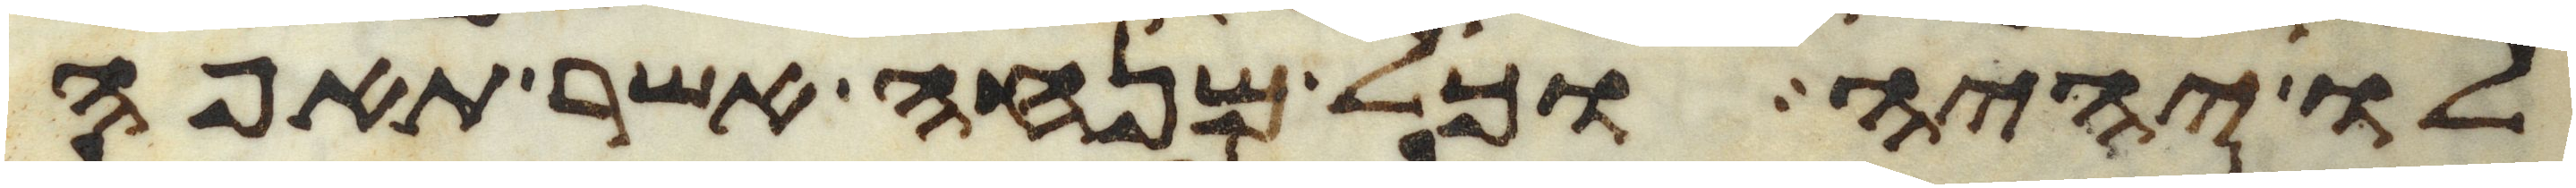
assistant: לו יהיה וכל מנחה אשר תאפה